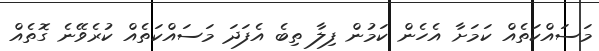
މަސައްކަތެއް ކަމަށާ އެހެން ކަމުން ފިލާ ތިބެ އެފަދަ މަސައްކަތެއް ކުރެވޭނެ ގޮތެއް